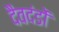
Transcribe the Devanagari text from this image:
दैवदंडों